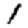
Digit: 1